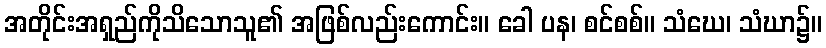
အတိုင်းအရှည်ကိုသိသောသူ၏ အဖြစ်လည်းကောင်း။ ခေါ ပန၊ စင်စစ်။ သံဃေ၊ သံဃာ၌။